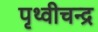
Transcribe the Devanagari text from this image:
पृथ्वीचन्द्र